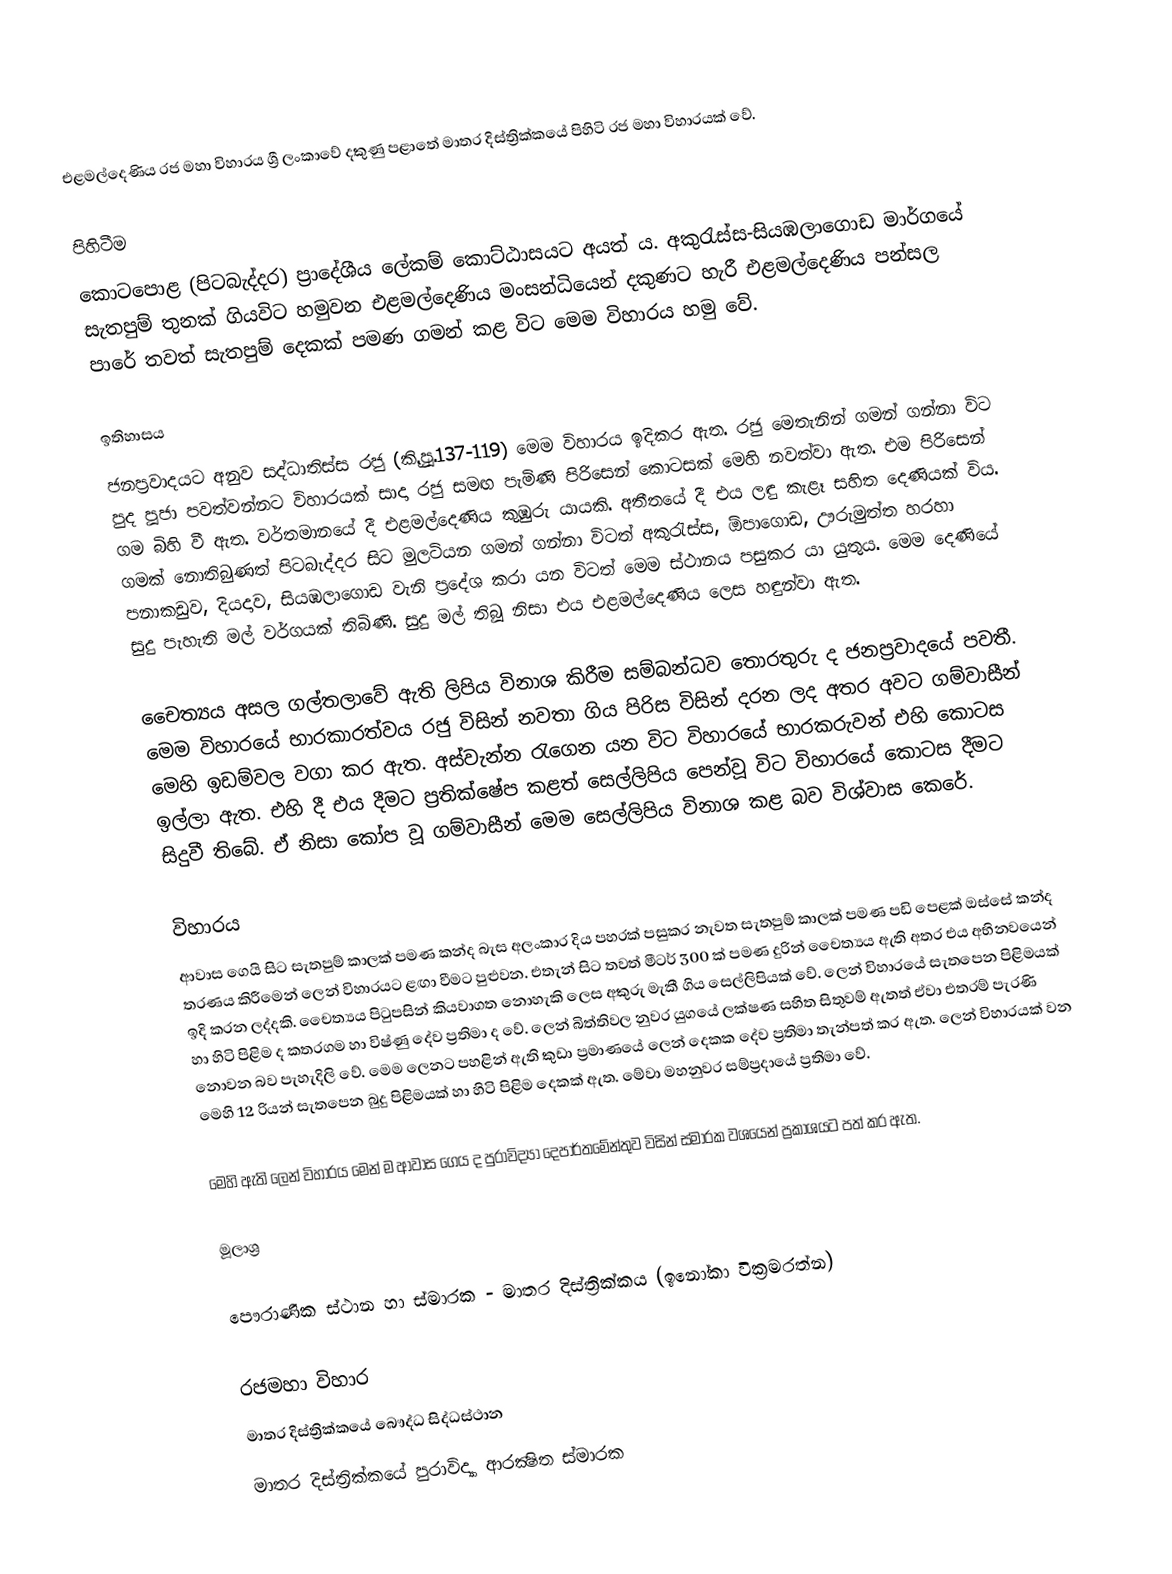
එළමල්දෙණිය රජ මහා විහාරය ශ්‍රී ලංකාවේ දකුණු පළාතේ මාතර දිස්ත්‍රික්කයේ පිහිටි රජ මහා විහාරයක් වේ.

පිහිටීම
කොටපොළ (පිටබැද්දර) ප්‍රාදේශීය ලේකම් කොට්ඨාසයට අයත් ය. අකුරැස්ස-සියඹලාගොඩ මාර්ගයේ සැතපුම් තුනක් ගියවිට හමුවන එළමල්දෙණිය මංසන්ධියෙන් දකුණට හැරී එළමල්දෙණිය පන්සල පාරේ තවත් සැතපුම් දෙකක් පමණ ගමන් කළ විට මෙම විහාරය හමු වේ‍.

ඉතිහාසය
ජනප්‍රවාදයට අනුව සද්ධාතිස්ස රජු (කිු.පූ.137-119) මෙම විහාරය ඉදිකර ඇත.  රජු මෙතැනින් ගමන් ගන්නා විට පුද පූජා පවත්වන්නට විහාරයක් සාදා රජු සමඟ පැමිණි පිරිසෙන් කොටසක් මෙහි නවත්වා ඇත. එම පිරිසෙන් ගම බිහි වී ඇත. වර්තමානයේ දී එළමල්දෙණිය කුඹුරු යායකි. අතීතයේ දී එය ලඳු කැළෑ සහිත දෙණියක් විය. ගමක් නොතිබුණත් පිටබැද්දර සිට මුලටියන ගමන් ගන්නා විටත් අකුරැස්ස, ඕපාගොඩ, ඌරුමුත්ත හරහා පනාකඩුව, දියදාව, සියඹලාගොඩ වැනි ප්‍රදේශ කරා යන විටත් මෙම ස්ථානය පසුකර යා යුතුය. මෙම දෙණියේ සුදු පැහැති මල් වර්ගයක් තිබිණි. සුදු මල් තිබූ නිසා එය එළමල්දෙණිය ලෙස හඳුන්වා ඇත.

‍‍චෛත්‍යය අසල ගල්තලාවේ ඇති ලිපිය විනාශ කිරීම සම්බන්ධව තොරතුරු ද ජනප්‍රවාදයේ පවතී. මෙම විහාරයේ භාරකාරත්වය රජු විසින් නවතා ගිය පිරිස විසින් දරන ලද අතර අවට ගම්වාසීන් මෙහි ඉඩම්වල වගා කර ඇත. අස්වැන්න රැගෙන යන විට විහාරයේ භාරකරුවන් එහි කොටස ඉල්ලා ඇත. එහි දී එය දීමට ප්‍රතික්ෂේප කළත් සෙල්ලිපිය පෙන්වූ විට විහාරයේ කොටස දීමට සිදුවී තිබේ. ඒ නිසා කෝප වූ ගම්වාසීන් මෙම සෙල්ලිපිය විනාශ කළ බව විශ්වාස කෙරේ.

විහාරය
ආවාස ගෙයි සිට සැතපුම් කාලක් පමණ කන්ද බැස අලංකාර දිය පහරක් පසුකර නැවත සැතපුම් කාලක් පමණ පඩි පෙළක් ඔස්සේ කන්ද තරණය කිරීමෙන් ලෙන් විහාරයට ළඟා වීමට පුළුවන. එතැන් සිට තවත් මීටර් 300 ක් පමණ දුරින් ‍චෛත්‍යය ඇති අතර එය අභිනවයෙන් ඉදි කරන ලද්දකි.‍ චෛත්‍යය පිටුපසින් කියවාගත නොහැකි ලෙස අකුරු මැකී ගිය සෙල්ලිපියක් වේ‍. ලෙන් විහාරයේ සැතපෙන පිළිමයක් හා හිටි පිළිම ද කතරගම හා විෂ්ණු දේව ප්‍රතිමා ද වේ‍. ලෙන් බිත්තිවල නුවර යුගයේ ලක්ෂණ සහිත සිතුවම් ඇතත් ඒවා එතරම් පැරණි නොවන බව පැහැදිලි වේ‍. මෙම ලෙනට පහළින් ඇති කුඩා ප්‍රමාණයේ ලෙන් දෙකක දේව ප්‍රතිමා තැන්පත් කර ඇත. ලෙන් විහාරයක් වන මෙහි 12 රියන් සැතපෙන බුදු පිළිමයක් හා හිටි පිළිම දෙකක් ඇත. මේවා මහනුවර සම්ප්‍රදායේ ප්‍රතිමා වේ‍.

මෙහි ඇති ලෙන් විහාරය මෙන් ම ආවාස ගෙය ද පුරාවිද්‍යා දෙපාර්තමේන්තුව විසින් ස්මාරක වශයෙන් ප්‍රකාශයට පත් කර ඇත.

මූලාශ්‍ර

පෞරාණික ස්ථාන හා ස්මාරක - මාතර දිස්ත්‍රික්කය (ඉනෝකා වික්‍රමරත්න)

රජමහා විහාර
මාතර දිස්ත්‍රික්කයේ බෞද්ධ සිද්ධස්ථාන
මාතර දිස්ත්‍රික්කයේ පුරාවිද්‍යා ආරක්‍ෂිත ස්මාරක